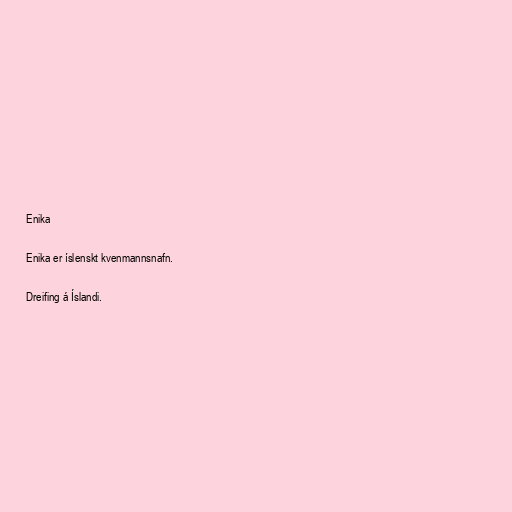
Enika

Enika er íslenskt kvenmannsnafn.

Dreifing á Íslandi.